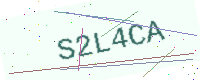
Text: S2L4CA